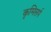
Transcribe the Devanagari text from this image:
कृमिसर्प